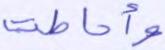
وأحاطت